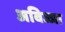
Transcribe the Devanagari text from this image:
अविज्जा